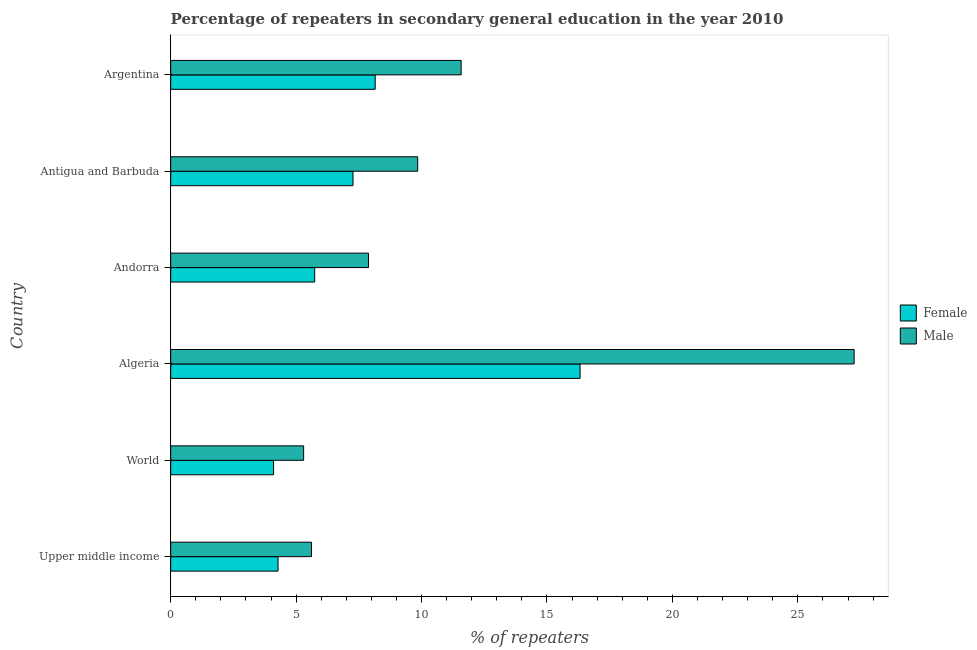
| Country | Female | Male |
 | --- | --- | --- |
 | Upper middle income | 4.28 | 5.61 |
 | World | 4.1 | 5.3 |
 | Algeria | 16.3 | 27.2 |
 | Andorra | 5.74 | 7.89 |
 | Antigua and Barbuda | 7.27 | 9.85 |
 | Argentina | 8.15 | 11.6 |